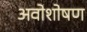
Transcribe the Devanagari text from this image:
अवोशोषण